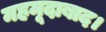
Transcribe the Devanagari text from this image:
महमूदाबाद।